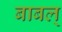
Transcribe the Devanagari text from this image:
बाबल्